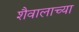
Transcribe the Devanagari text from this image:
शैवालाच्या